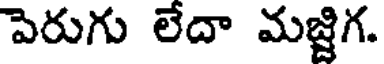
పెరుగు లేదా మజ్జిగ.